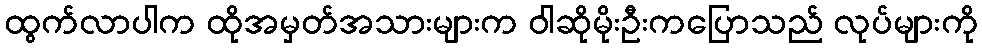
ထွက်လာပါက ထိုအမှတ်အသားများက ဝါဆိုမိုးဦးကပြောသည် လုပ်များကို